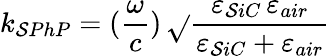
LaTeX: k_{\mathcal{S}PhP}=(\frac{{\omega}}{{c}})\, \sqrt{}{{\frac{{\varepsilon_{\mathcal{S}iC}\, \varepsilon_{air}}}{{\varepsilon_{\mathcal{S}iC}+\varepsilon_{air}}}}}